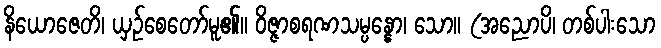
နိယောဇေတိ၊ ယှဉ်စေတော်မူ၏။ ဝိဇ္ဇာစရဏသမ္ပန္နော၊ သော။ (အညောပိ၊ တစ်ပါးသော